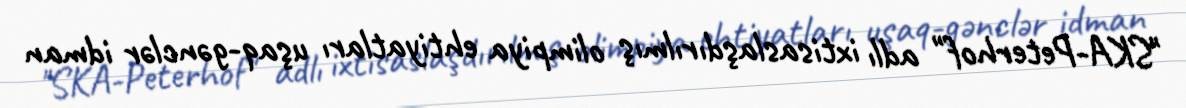
"SKA-Peterhof" adlı ixtisaslaşdırılmış olimpiya ehtiyatları uşaq-gənclər idman